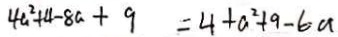
4 a ^ { 2 } + 4 - 8 a + 9 = 4 + a ^ { 2 } + 9 - 6 a